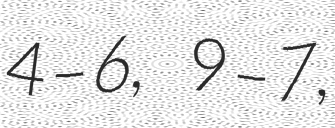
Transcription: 4–6, 9–7,